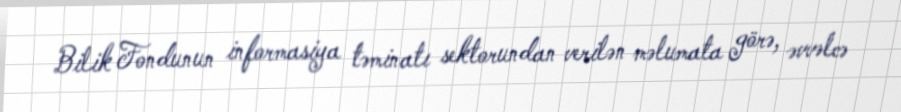
Bilik Fondunun informasiya təminatı sektorundan verilən məlumata görə, əvvəlcə